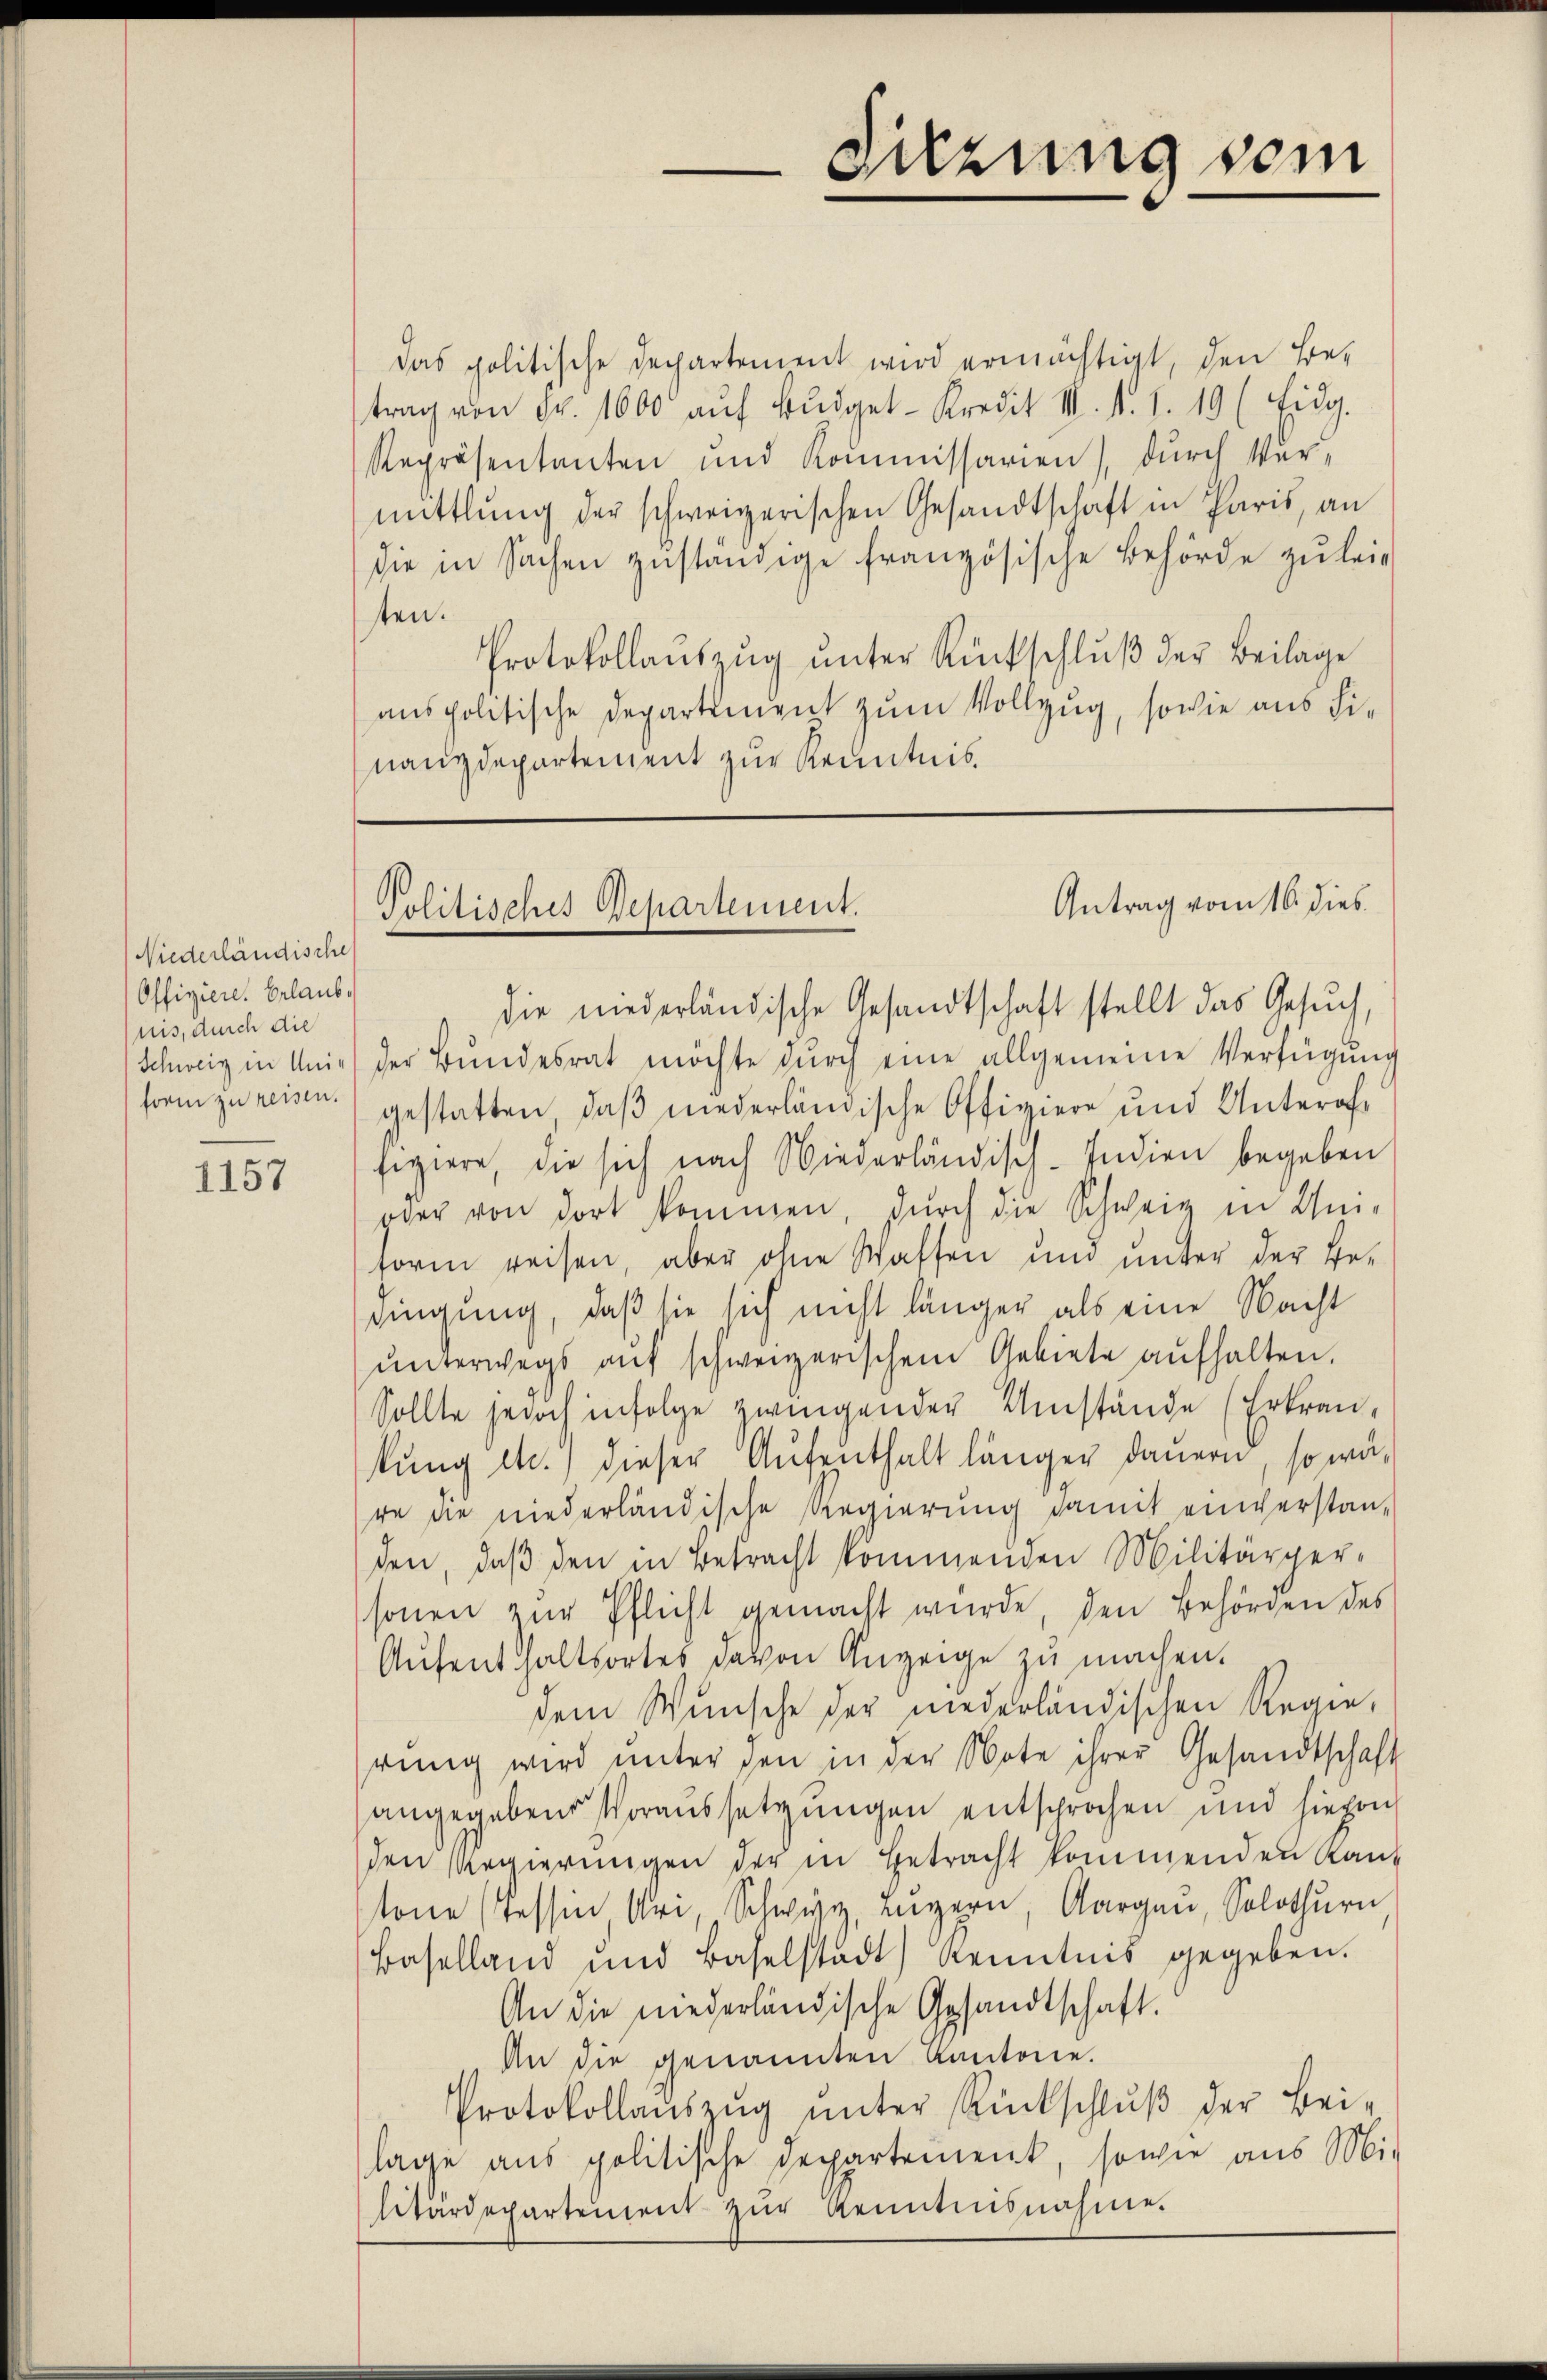
Niederländische
Offiziere. Erlaubnis, durch die
Schweiz in Uniform zu reisen.

1157

Sitzung vom

Das politische Departement wird ermächtigt, den Be-
trag von Fr. 1600 aŭf Bŭdget-Kredit I. 1. 1. 19 (Eidg.
Repräsentanten und Kommissarien), durch Vermittlung der schweizerischen Gesandtschaft in Paris, an
die in Sachen zuständige französische Behörde zu leiten.
Protokollaŭszŭg ŭnter Rückschlŭβ der Beilage
anspolitische Departement zum Vollzug, sowie aus Finanzdepartement zur Kenntnis.

Antrag vom 16. dies
Politisches Repartement.

die niederländische Gesandtschaft stellt das Gesŭch,
der Bundesrat möchte dŭrch eine allgemeine Verfügung
gestatten, daß niederländische Offiziere und Unterof
fiziere, die sich nach Niederländisch-Indien begeben
oder von dort kommen, durch die Schweiz in Um-
form reisen, aber ohne Waffen und unter der Be-
dingung, daß sie sich nicht länger als eine Nacht
ŭnterwegs aŭf schweizerischem Gebiete aŭfhalten.
Sollte jedoch infolge zwingender Umstände (Erkran,
kung etc.) dieser Aufenthalt länger dauern, so wäre die niederländische Regierung damit einverstanden, daβ den in Betracht kommenden Militärger-
sonen zur Pflicht gemacht wurde, den Behörden des
Aufenthaltsortes davon Anzeige zu machen.
dem Wunsche der niederländischen Regie-
rung wird ŭnter den in der Note ihrer Gesandtschaft
angegebene Voraussetzungen entsprochen und hievon
den Regierungen der in Betracht kommenden Kant
tone (Tessin Uri, Schwyz, Luzern, Aargau, Solothurn
Baselland und Baselstadt) Kenntnis gegeben.
An die niederländische Gesandtschaft.
An die genannten Kantone.
Protokollaŭszŭg ŭnter Rückschlŭβ der Bei-
lage aus politische Departement, sowie aus Mi-
Eetärdepartement zŭr Kenntnisnahme.